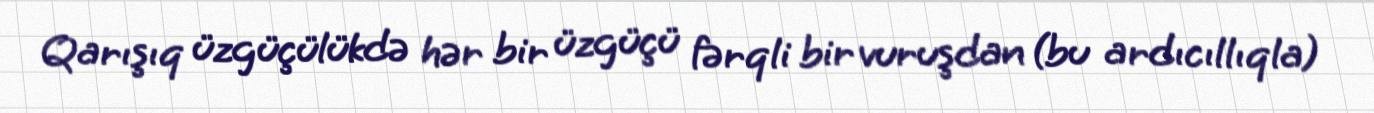
Qarışıq üzgüçülükdə hər bir üzgüçü fərqli bir vuruşdan (bu ardıcıllıqla)